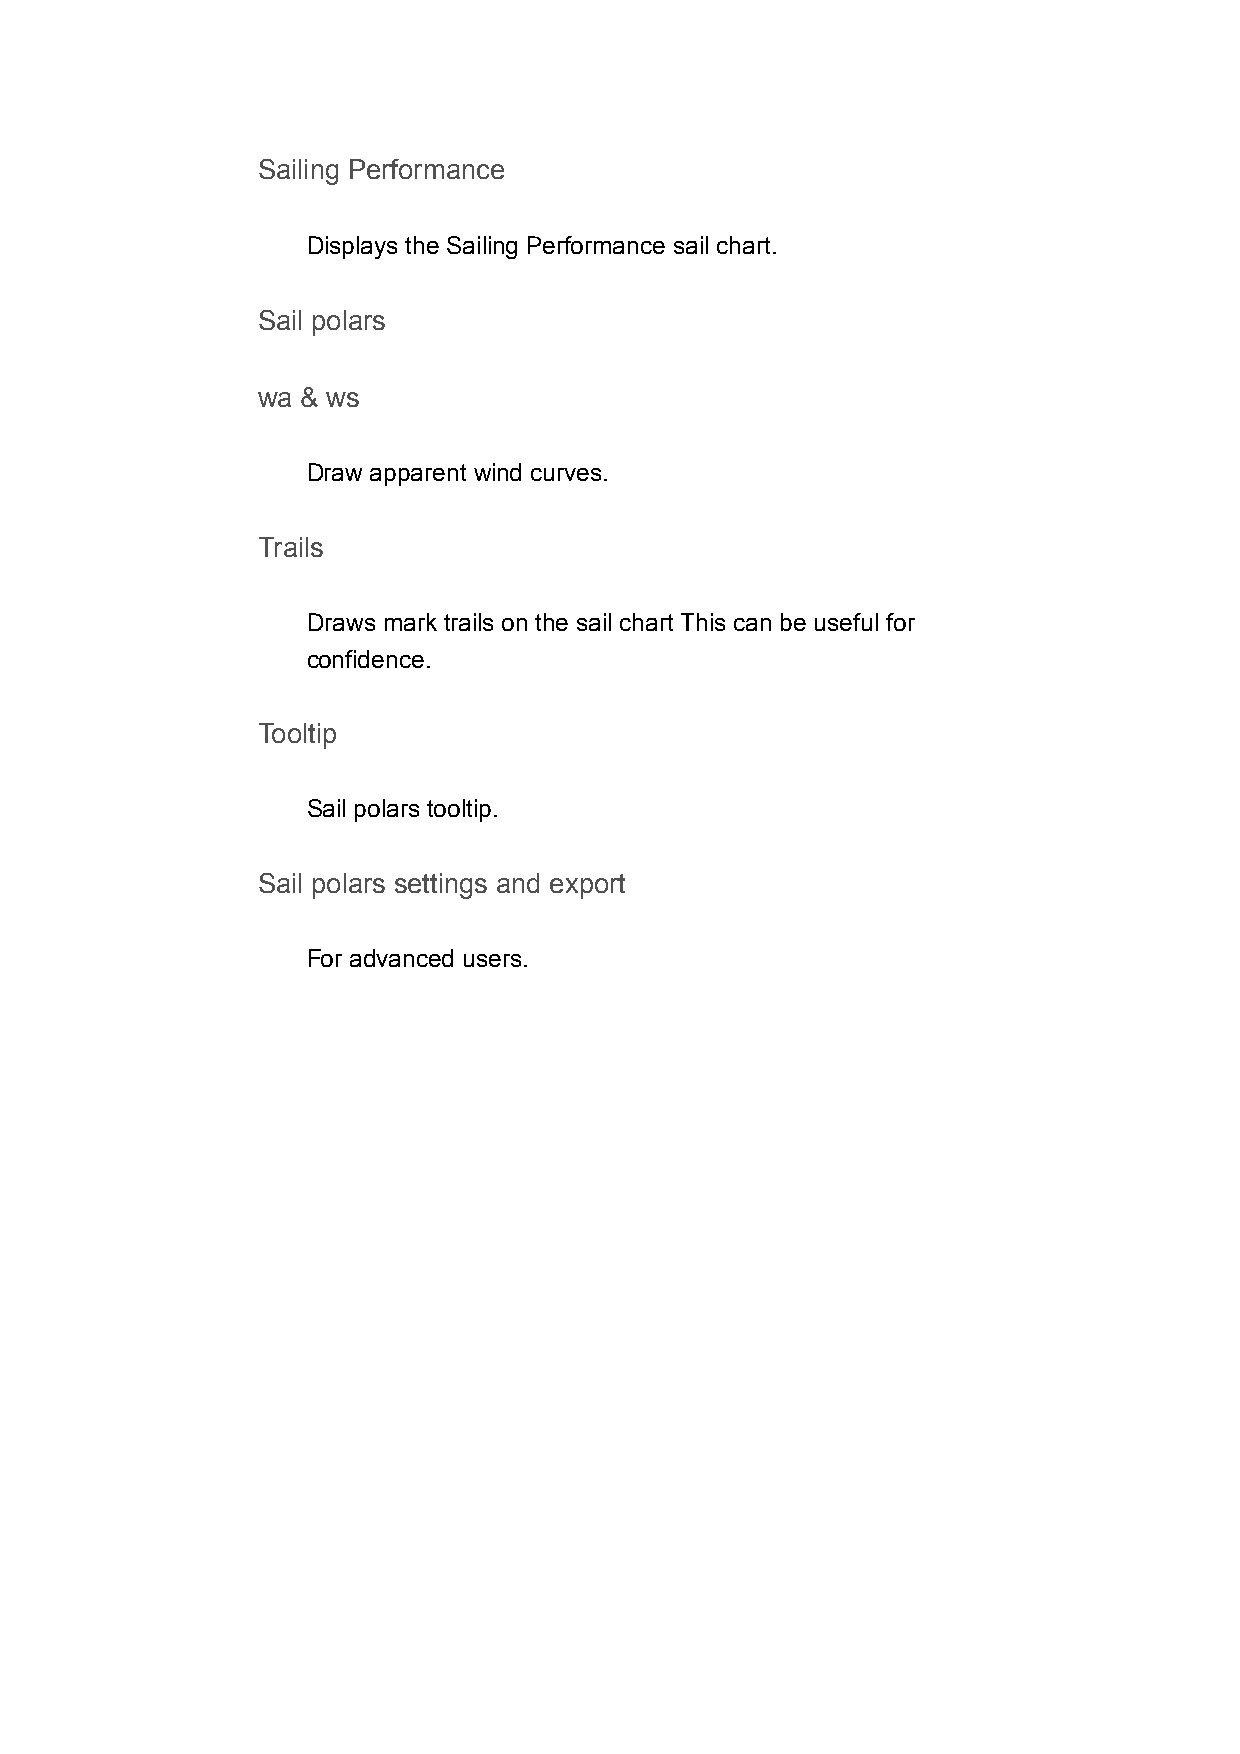
Sailing Performance
 Displays the Sailing Performance sail chart.
 Sail polars
 wa & ws
 Draw apparent wind curves.
 Trails
 Draws mark trails on the sail chart This can be useful for
 confidence.
 Tooltip
 Sail polars tooltip.
 Sail polars settings and export
 For advanced users.